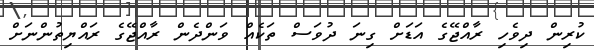
ކުރިން ދިވެހި ރާއްޖޭގެ އަޑަށް ގިނަ ދުވަސް ތަކެއް ވަންދެން ރާއްޖޭގެ ރައްޔިތުންނަށް